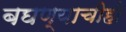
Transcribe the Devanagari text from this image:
बघण्याचीही